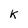
Character: K